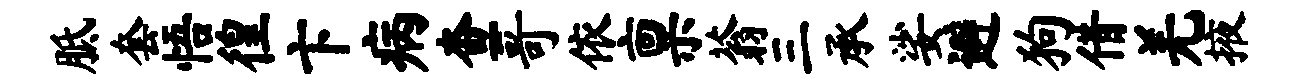
胝套悟徨卞病查哥依禀蓊三承娑避狗借羌掖